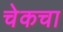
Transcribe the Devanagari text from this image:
चेकचा